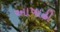
આષાઢી